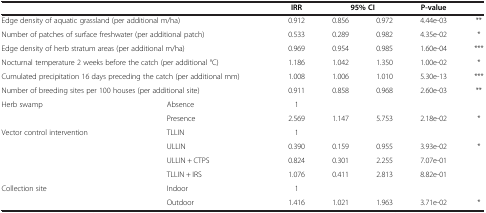
<table><thead><tr><td><b> </b></td><td><b> </b></td><td><b>IRR</b></td><td colspan="2"><b>95% CI</b></td><td><b>P-value</b></td><td><b> </b></td></tr></thead><tbody><tr><td colspan="2">Edge density of aquatic grassland (per additional m/ha)</td><td>0.912</td><td>0.856</td><td>0.972</td><td>4.44e-03</td><td>**</td></tr><tr><td colspan="2">Number of patches of surface freshwater (per additional patch)</td><td>0.533</td><td>0.289</td><td>0.982</td><td>4.35e-02</td><td>*</td></tr><tr><td colspan="2">Edge density of herb stratum areas (per additional m/ha)</td><td>0.969</td><td>0.954</td><td>0.985</td><td>1.60e-04</td><td>***</td></tr><tr><td colspan="2">Nocturnal temperature 2 weeks before the catch (per additional °C)</td><td>1.186</td><td>1.042</td><td>1.350</td><td>1.00e-02</td><td>*</td></tr><tr><td colspan="2">Cumulated precipitation 16 days preceding the catch (per additional mm)</td><td>1.008</td><td>1.006</td><td>1.010</td><td>5.30e-13</td><td>***</td></tr><tr><td colspan="2">Number of breeding sites per 100 houses (per additional site)</td><td>0.911</td><td>0.858</td><td>0.968</td><td>2.60e-03</td><td>**</td></tr><tr><td rowspan="2">Herb swamp</td><td>Absence</td><td>1</td><td> </td><td> </td><td> </td><td> </td></tr><tr><td>Presence</td><td>2.569</td><td>1.147</td><td>5.753</td><td>2.18e-02</td><td>*</td></tr><tr><td rowspan="4">Vector control intervention</td><td>TLLIN</td><td>1</td><td> </td><td> </td><td> </td><td> </td></tr><tr><td>ULLIN</td><td>0.390</td><td>0.159</td><td>0.955</td><td>3.93e-02</td><td>*</td></tr><tr><td>ULLIN + CTPS</td><td>0.824</td><td>0.301</td><td>2.255</td><td>7.07e-01</td><td> </td></tr><tr><td>TLLIN + IRS</td><td>1.076</td><td>0.411</td><td>2.813</td><td>8.82e-01</td><td> </td></tr><tr><td>Collection site</td><td>Indoor</td><td>1</td><td> </td><td> </td><td> </td><td> </td></tr><tr><td> </td><td>Outdoor</td><td>1.416</td><td>1.021</td><td>1.963</td><td>3.71e-02</td><td>*</td></tr></tbody></table>